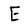
Character: E